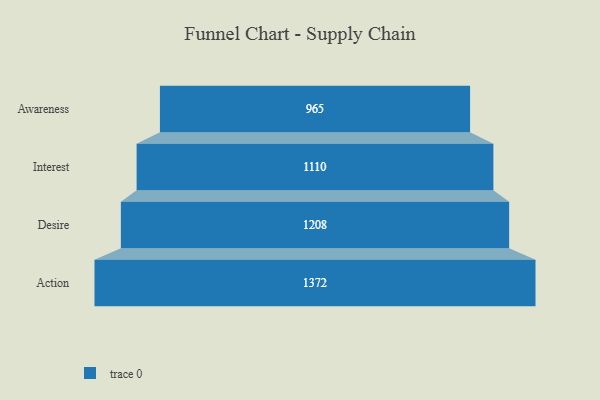
{"axis": {"x": "Stage", "y": "Value"}, "legend": [""], "data": [{"x": "Awareness", "y": 965.0, "type": ""}, {"x": "Interest", "y": 1110.0, "type": ""}, {"x": "Desire", "y": 1208.0, "type": ""}, {"x": "Action", "y": 1372.0, "type": ""}]}